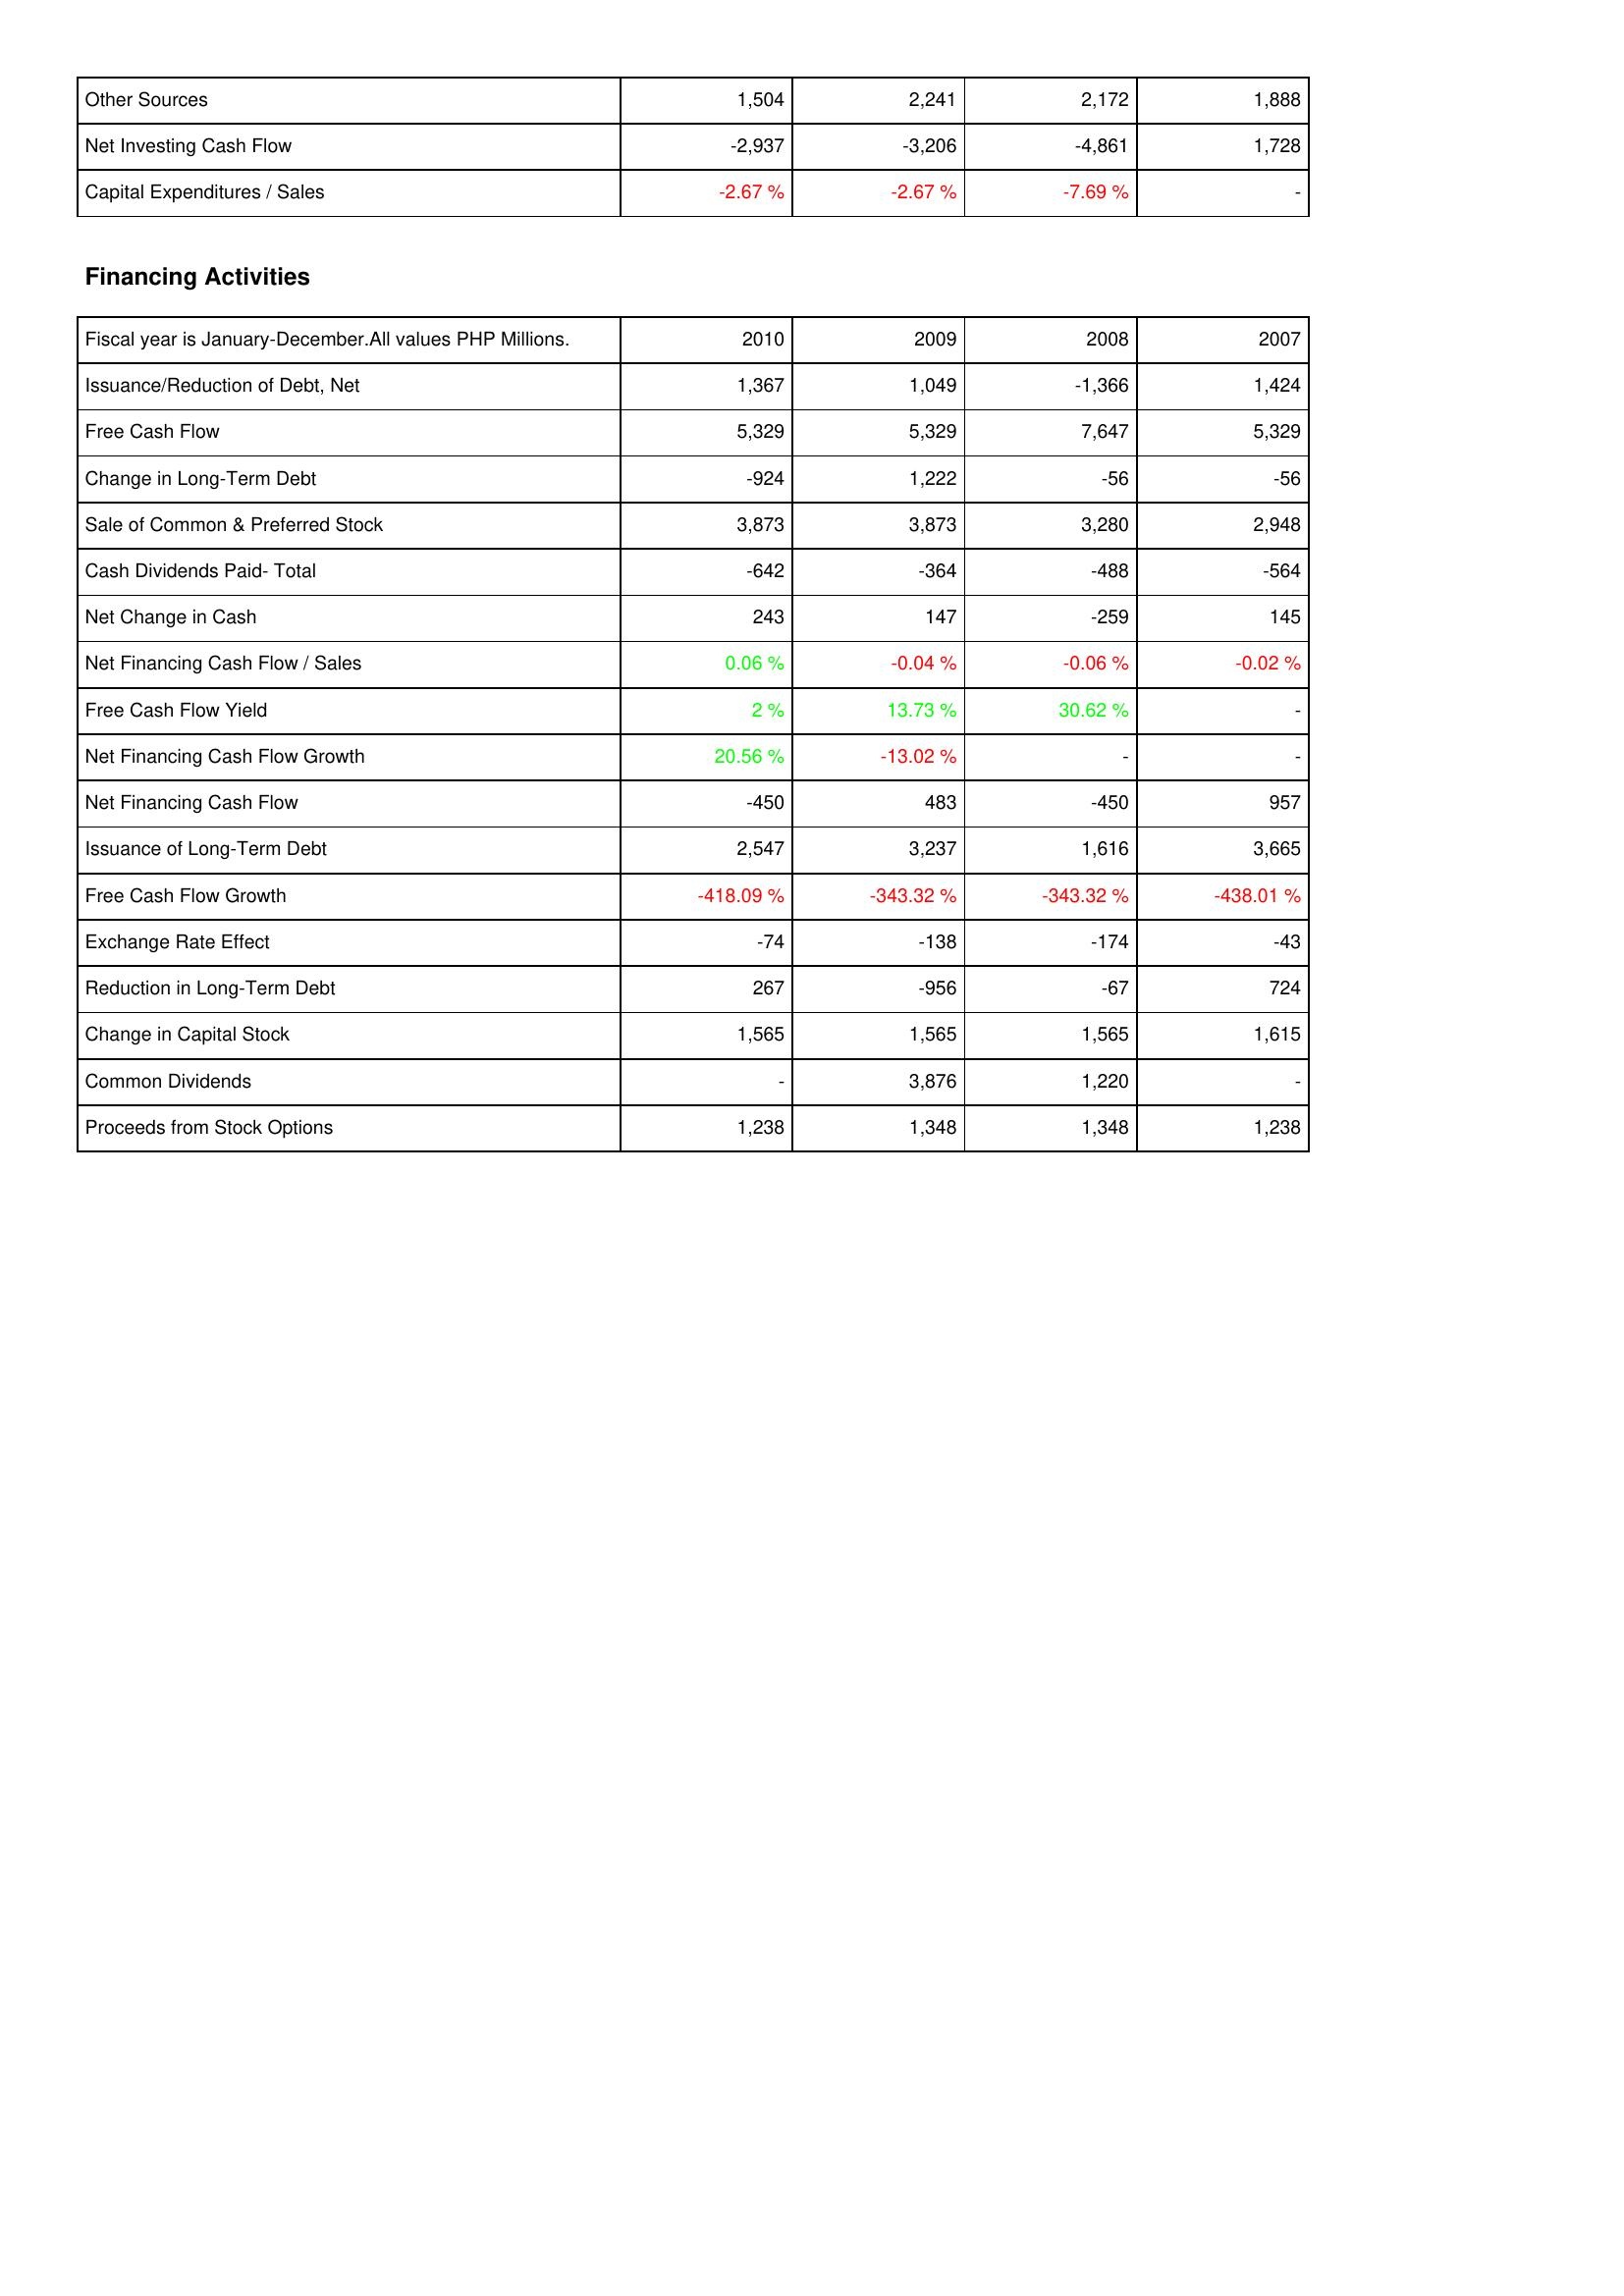
2010: Investing Activities: Other Sources: 1,504
Net Investing Cash Flow: -2,937
Capital Expenditures / Sales: -2.67 %
Financing Activities: Issuance/Reduction of Debt, Net: 1,367
Free Cash Flow: 5,329
Change in Long-Term Debt: -924
Sale of Common & Preferred Stock: 3,873
Cash Dividends Paid- Total: -642
Net Change in Cash: 243
Net Financing Cash Flow / Sales: 0.06 %
Free Cash Flow Yield: 2 %
Net Financing Cash Flow Growth: 20.56 %
Net Financing Cash Flow: -450
Issuance of Long-Term Debt: 2,547
Free Cash Flow Growth: -418.09 %
Exchange Rate Effect: -74
Reduction in Long-Term Debt: 267
Change in Capital Stock: 1,565
Common Dividends: -
Proceeds from Stock Options: 1,238
2009: Investing Activities: Other Sources: 2,241
Net Investing Cash Flow: -3,206
Capital Expenditures / Sales: -2.67 %
Financing Activities: Issuance/Reduction of Debt, Net: 1,049
Free Cash Flow: 5,329
Change in Long-Term Debt: 1,222
Sale of Common & Preferred Stock: 3,873
Cash Dividends Paid- Total: -364
Net Change in Cash: 147
Net Financing Cash Flow / Sales: -0.04 %
Free Cash Flow Yield: 13.73 %
Net Financing Cash Flow Growth: -13.02 %
Net Financing Cash Flow: 483
Issuance of Long-Term Debt: 3,237
Free Cash Flow Growth: -343.32 %
Exchange Rate Effect: -138
Reduction in Long-Term Debt: -956
Change in Capital Stock: 1,565
Common Dividends: 3,876
Proceeds from Stock Options: 1,348
2008: Investing Activities: Other Sources: 2,172
Net Investing Cash Flow: -4,861
Capital Expenditures / Sales: -7.69 %
Financing Activities: Issuance/Reduction of Debt, Net: -1,366
Free Cash Flow: 7,647
Change in Long-Term Debt: -56
Sale of Common & Preferred Stock: 3,280
Cash Dividends Paid- Total: -488
Net Change in Cash: -259
Net Financing Cash Flow / Sales: -0.06 %
Free Cash Flow Yield: 30.62 %
Net Financing Cash Flow Growth: -
Net Financing Cash Flow: -450
Issuance of Long-Term Debt: 1,616
Free Cash Flow Growth: -343.32 %
Exchange Rate Effect: -174
Reduction in Long-Term Debt: -67
Change in Capital Stock: 1,565
Common Dividends: 1,220
Proceeds from Stock Options: 1,348
2007: Investing Activities: Other Sources: 1,888
Net Investing Cash Flow: 1,728
Capital Expenditures / Sales: -
Financing Activities: Issuance/Reduction of Debt, Net: 1,424
Free Cash Flow: 5,329
Change in Long-Term Debt: -56
Sale of Common & Preferred Stock: 2,948
Cash Dividends Paid- Total: -564
Net Change in Cash: 145
Net Financing Cash Flow / Sales: -0.02 %
Free Cash Flow Yield: -
Net Financing Cash Flow Growth: -
Net Financing Cash Flow: 957
Issuance of Long-Term Debt: 3,665
Free Cash Flow Growth: -438.01 %
Exchange Rate Effect: -43
Reduction in Long-Term Debt: 724
Change in Capital Stock: 1,615
Common Dividends: -
Proceeds from Stock Options: 1,238